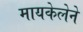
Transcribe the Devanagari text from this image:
मायकेलेने